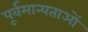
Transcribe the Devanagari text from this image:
पूर्वमान्यताओं